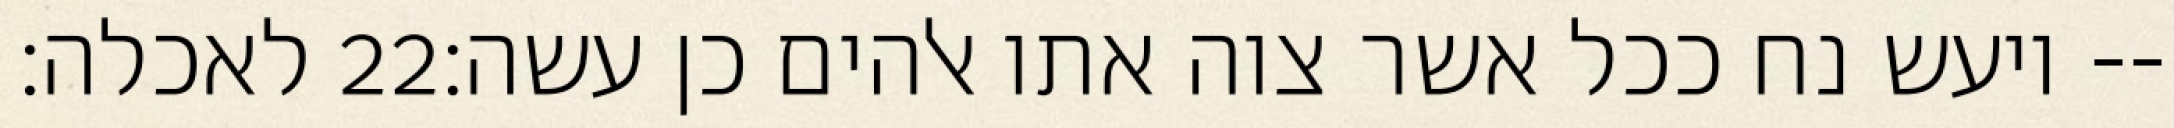
לאכלה׃ ‎22‏ ויעש נח ככל אשר צוה אתו אלהים כן עשה׃--